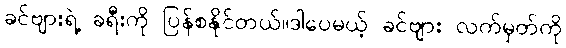
ခင်ဗျားရဲ့ ခရီးကို ပြန်စနိုင်တယ်။ဒါပေမယ့် ခင်ဗျား လက်မှတ်ကို